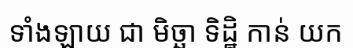
ទាំងឡាយ ជា មិច្ឆា ទិដ្ឋិ កាន់ យក